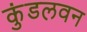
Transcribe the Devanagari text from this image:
कुंडलवन